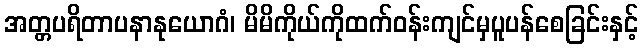
အတ္တပရိတာပနာနုယောဂံ၊ မိမိကိုယ်ကိုထက်ဝန်းကျင်မှပူပန်စေခြင်းနှင့်